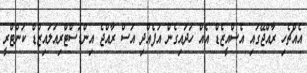
އެއްޗެހި ރާއްޖޭގައި އެސްއީޒެޑް އެއް ހަދައިގެން އުފެއްދި އަސް ރާއްޖެ އިންޑަސްޓްރިއަލައިޒްޑް ކަންޓްރީ